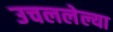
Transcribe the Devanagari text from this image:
उचललेल्या